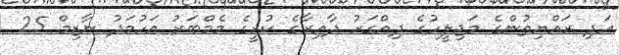
އަދި ރައްޔިތުންގެ މަޖިލީހުގެ ދިއްގަރު ދާއިރާގެ ކުރީގެ މެމްބަރު އަހުމަދު ނާޒިމް 25